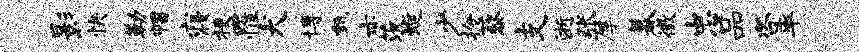
影快勒帽寝梗罹犬博甄亦茨蜒少拎藜支逝张厚暮徵忠品咨率